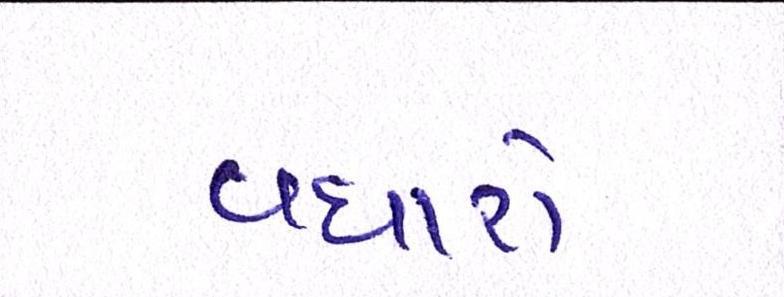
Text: વધારો